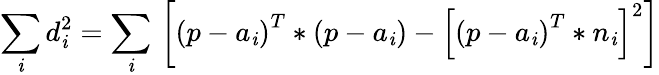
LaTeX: {\underset{\mathit{i}}{\mathop{\sum}}}\, d_{\mathit{i}}^{2}={\underset{\mathit{i}}{\mathop{\sum}}}\, \left[{{\left(p-{{a}_{\mathit{i}}}\right)}^{T}}*\left(p-{{a}_{\mathit{i}}}\right)-{{\left[{{\left(p-{{a}_{\mathit{i}}}\right)}^{T}}*{{n}_{\mathit{i}}}\right]}^{2}}\right]